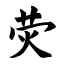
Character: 荧